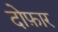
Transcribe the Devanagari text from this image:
दोफ़ार